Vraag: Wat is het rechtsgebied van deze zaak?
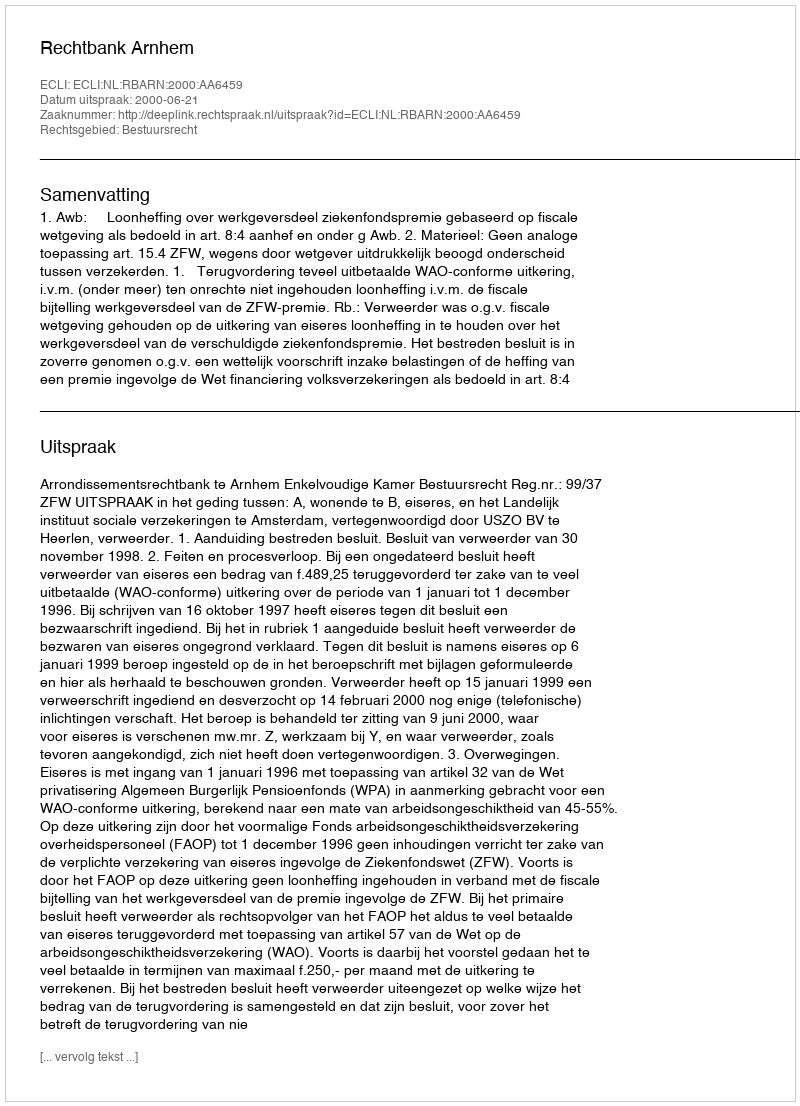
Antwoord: Bestuursrecht